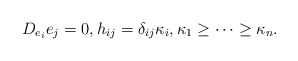
\begin{align*}D_{e_i}e_j=0,h_{ij}=\delta_{ij}\kappa_i,\kappa_1\geq \cdots\geq \kappa_n.\end{align*}